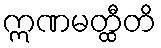
ဣဏမတ္ထီတိ